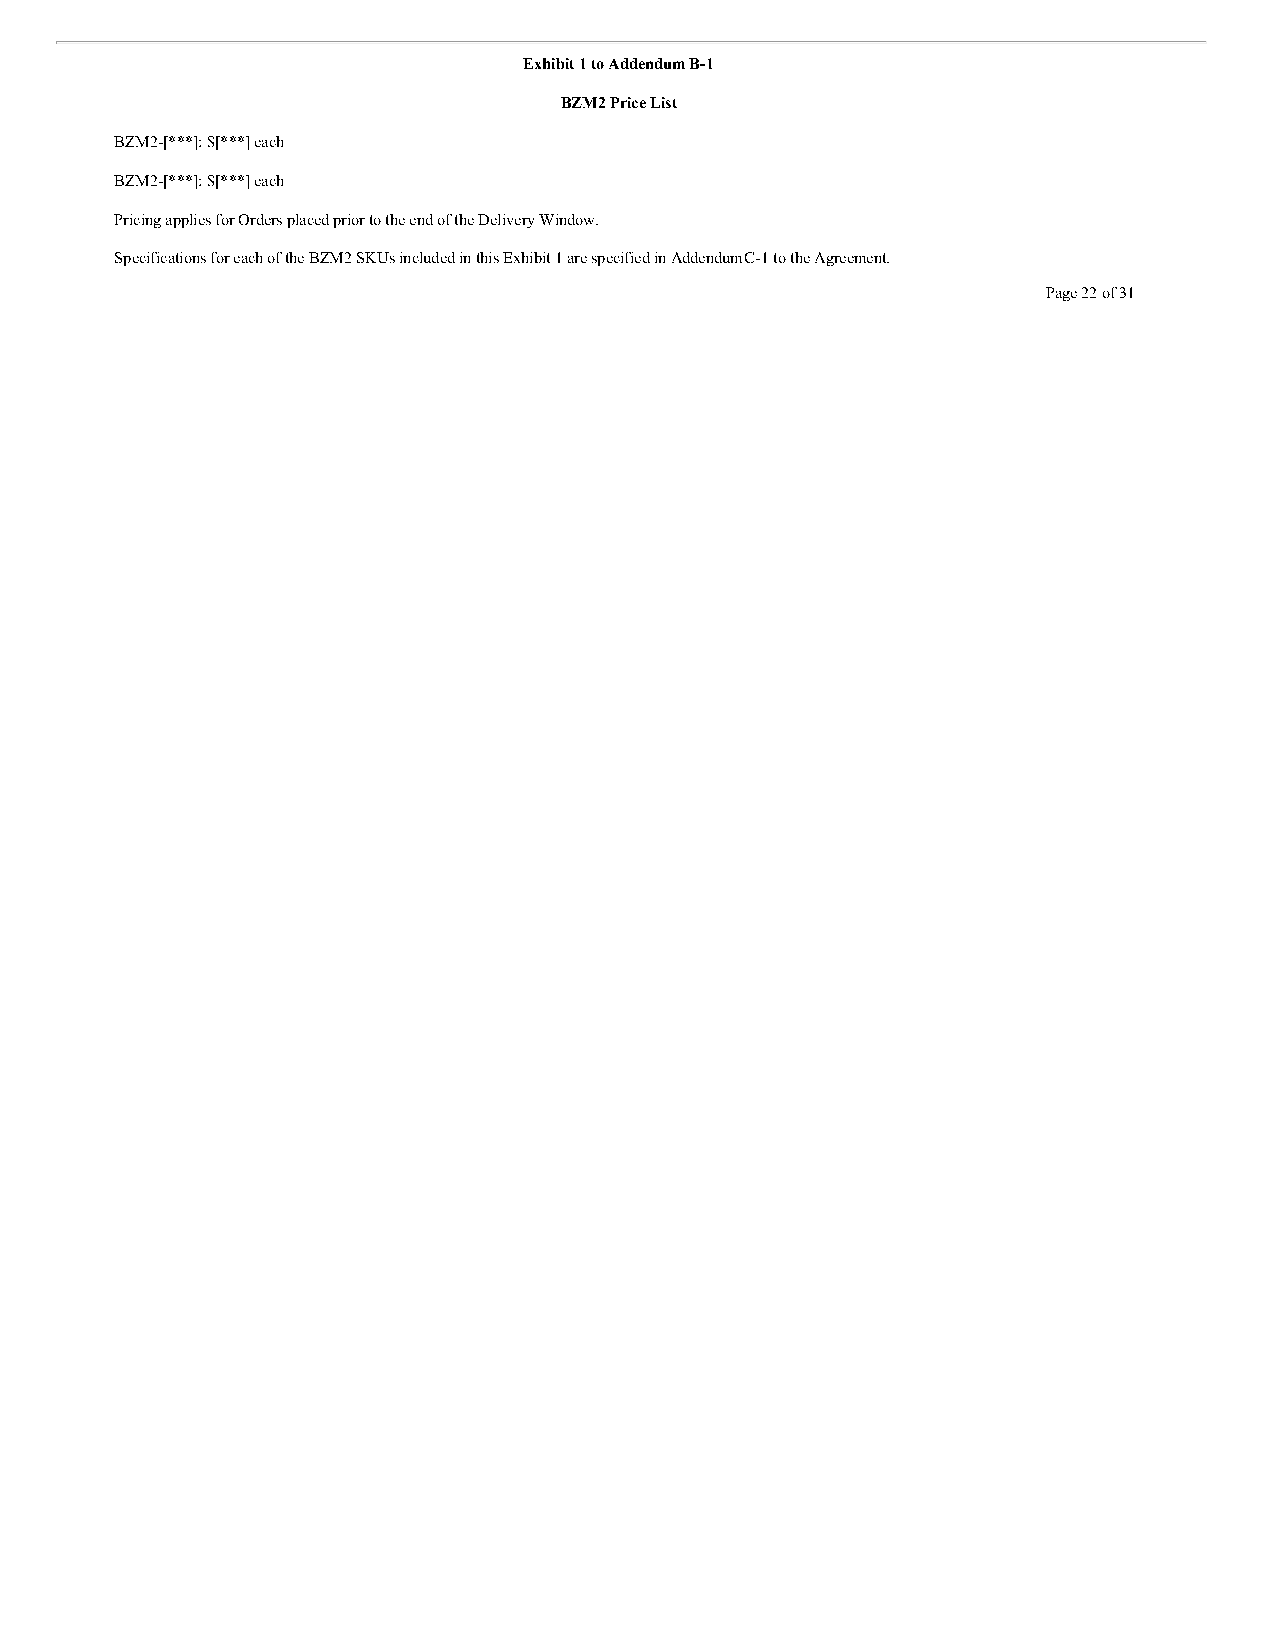
Exhibit 1 to Addendum B-1
 BZM2 Price List
 BZM2-[***]: $[***] each
 BZM2-[***]: $[***] each
 Pricing applies for Orders placed prior to the end of the Delivery Window.
 Specifications for each of the BZM2 SKUs included in this Exhibit 1 are specified in Addendum C-1 to the Agreement.
 Page 22 of 31